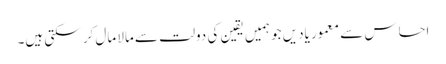
احساس سے معمور یادیں جو ہمیں یقین کی دولت سے مالا مال کر سکتی ہیں۔